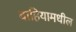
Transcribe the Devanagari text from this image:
बाहियामधील